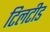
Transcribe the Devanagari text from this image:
टिलटीड